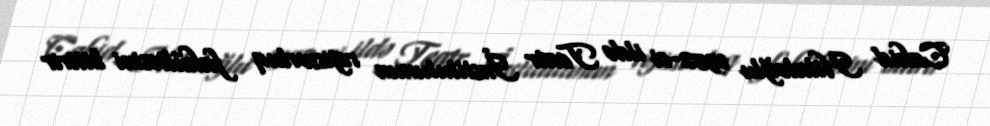
Cahid Hilaloğlu 1952-ci ildə Teatr İnstitutunun rejissorluq fakültəsini bitirir